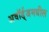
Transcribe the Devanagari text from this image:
अवॉर्ड्‌जमधील